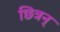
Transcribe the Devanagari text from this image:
छित्रन्